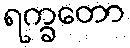
ရက္ခတော